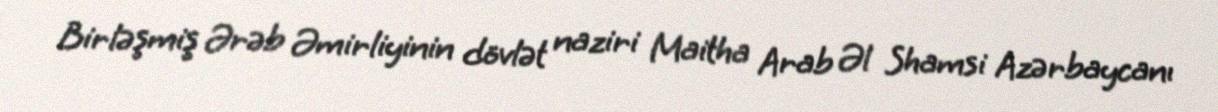
Birləşmiş Ərəb Əmirliyinin dövlət naziri Maitha Arab Əl Shamsi Azərbaycanı